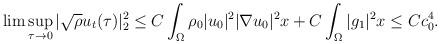
LaTeX: \begin{align*}\lim \sup_{\tau\rightarrow 0}|\sqrt{\rho}u_t(\tau)|^2_2 \leq C\int_{\Omega} \rho_0 |u_0|^2|\nabla u_0|^2x+C\int_{\Omega} |g_1|^2x\leq Cc^4_0.\end{align*}